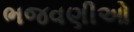
ભજવણીઓ